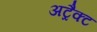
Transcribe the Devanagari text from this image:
अट्रैक्ट